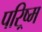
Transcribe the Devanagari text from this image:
परिष्र्म